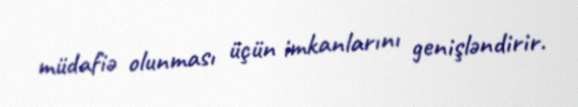
müdafiə olunması üçün imkanlarını genişləndirir.